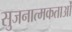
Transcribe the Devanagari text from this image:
सुजनात्मकताओं